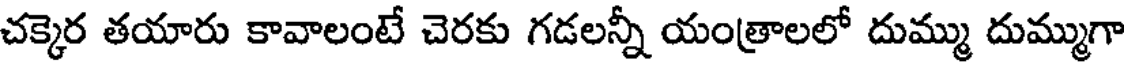
చక్కెర తయారు కావాలంటే చెరకు గడలన్నీ యంత్రాలలో దుమ్ము దుమ్ముగా